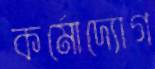
কর্মোদ্যোগ